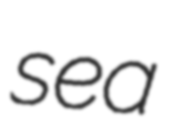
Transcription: sea